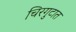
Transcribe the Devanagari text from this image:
चिरगुटात